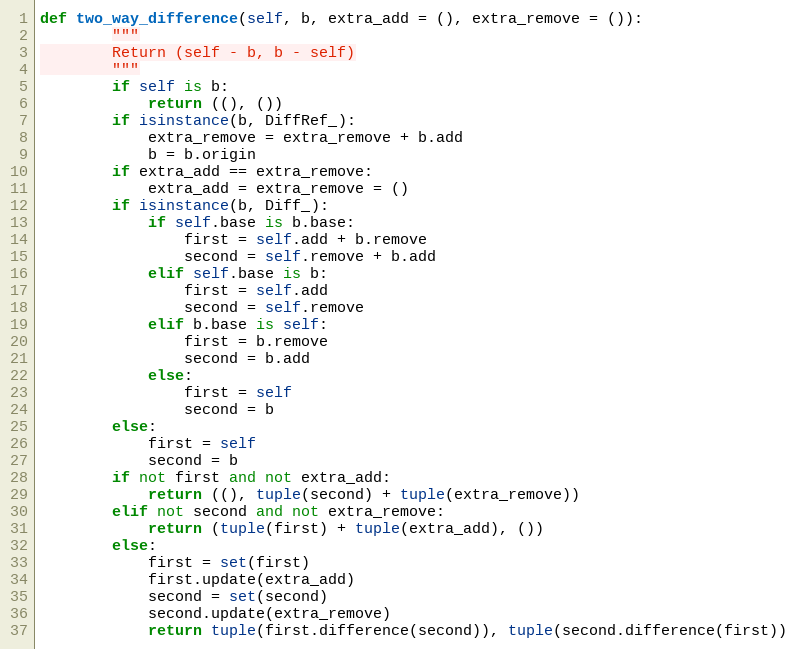
Language: Python
def two_way_difference(self, b, extra_add = (), extra_remove = ()):
        """
        Return (self - b, b - self)
        """
        if self is b:
            return ((), ())
        if isinstance(b, DiffRef_):
            extra_remove = extra_remove + b.add
            b = b.origin
        if extra_add == extra_remove:
            extra_add = extra_remove = ()
        if isinstance(b, Diff_):
            if self.base is b.base:
                first = self.add + b.remove
                second = self.remove + b.add
            elif self.base is b:
                first = self.add
                second = self.remove
            elif b.base is self:
                first = b.remove
                second = b.add
            else:
                first = self
                second = b
        else:
            first = self
            second = b
        if not first and not extra_add:
            return ((), tuple(second) + tuple(extra_remove))
        elif not second and not extra_remove:
            return (tuple(first) + tuple(extra_add), ())
        else:
            first = set(first)
            first.update(extra_add)
            second = set(second)
            second.update(extra_remove)
            return tuple(first.difference(second)), tuple(second.difference(first))